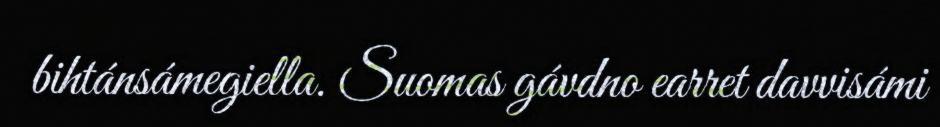
bihtánsámegiella. Suomas gávdno earret davvisámi